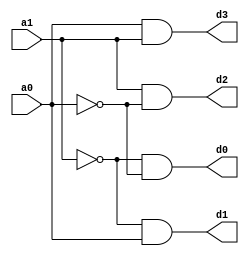
module decoder2to4(a0,a1,d0,d1,d2,d3);
input a0, a1;
output d0,d1,d2,d3;
assign a1bar=~a1;
assign a0bar=~a0;
assign d0=a1bar & a0bar;
assign d1=a1bar & a0;
assign d2=a1 & a0bar;
assign d3=a0 & a1;
endmodule